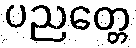
ပညတ္တေ